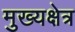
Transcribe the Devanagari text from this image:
मुख्यक्षेत्र